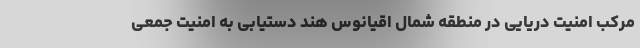
مرکب امنیت دریایی در منطقه شمال اقیانوس هند دستیابی به امنیت جمعی